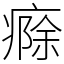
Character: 㾻